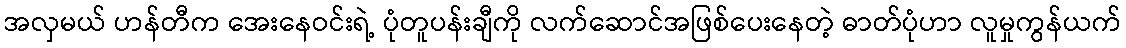
အလှမယ် ဟန်တီက အေးနေဝင်းရဲ့ ပုံတူပန်းချီကို လက်ဆောင်အဖြစ်ပေးနေတဲ့ ဓာတ်ပုံဟာ လူမှုကွန်ယက်